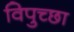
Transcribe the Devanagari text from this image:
विपुच्छा